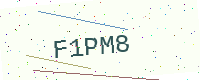
Text: F1PM8